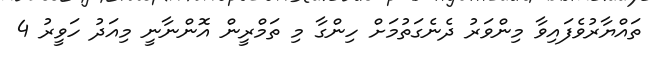
ތައްޔާރުވެފައިވާ މިންވަރު ދެނެގަތުމަށް ހިންގާ މި ތަމްރީން އޮންނާނީ މިއަދު ހަވީރު 4